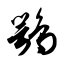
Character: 鹗